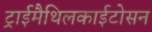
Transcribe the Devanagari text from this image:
ट्राईमैथिलकाईटोसन